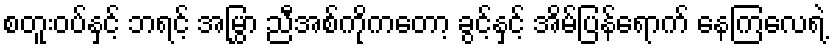
စတူးဝပ်နှင့် ဘရင့် အမြွှာ ညီအစ်ကိုကတော့ ခွင့်နှင့် အိမ်ပြန်ရောက် နေကြလေရဲ့